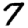
Digit: 7